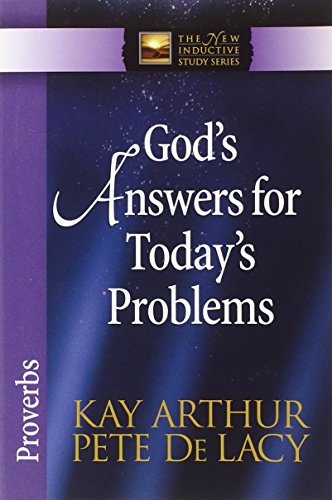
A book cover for God's Answers for Today's Problems: Proverbs (The New Inductive Study Series); Kay Arthur; Christian Books & Bibles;